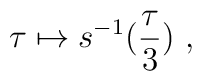
\tau \mapsto s^{-1} ( \frac{ \tau }{3} ) \ ,